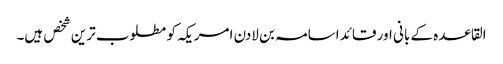
القاعدہ کے بانی اور قائد اسامہ بن لادن امریکہ کو مطلوب ترین شخص ہیں۔